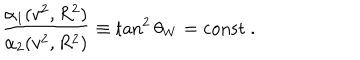
\frac { \alpha _ { 1 } ( v ^ { 2 } , R ^ { 2 } ) } { \alpha _ { 2 } ( v ^ { 2 } , R ^ { 2 } ) } \equiv \tan ^ { 2 } \theta _ { W } = \mathrm { c o n s t } \ .